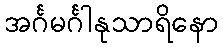
အင်္ဂမင်္ဂါနုသာရိနော